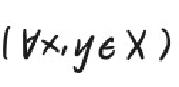
$(\forall x,y\in X)$